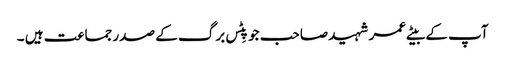
آپ کے بیٹے عمر شہید صاحب جو پِٹس برگ کے صدر جماعت ہیں ۔